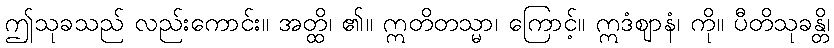
ဤသုခသည် လည်းကောင်း။ အတ္ထိ၊ ၏။ ဣတိတသ္မာ၊ ကြောင့်။ ဣဒံဈာနံ၊ ကို။ ပီတိသုခန္တိ၊